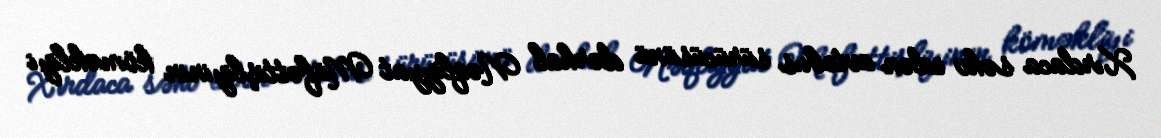
Xırdaca səhv edən avtobus sürücüsünü dərhal Nəqliyyat Müfəttişliyinin köməkliyi